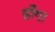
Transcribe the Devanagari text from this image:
हाँगा